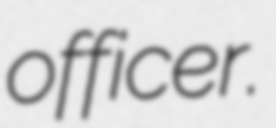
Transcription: officer.